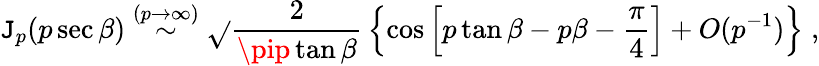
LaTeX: \mathtt{J}_{p}(p\sec\beta)\stackrel{(p\rightarrow\infty)}{\sim}\sqrt{}{{\frac{{2}}{{\pip\tan\beta}}}}\left\{ \cos\left[p\tan\beta-p\beta-\frac{{\pi}}{{4}}\right]+O(p^{-1})\right\} \; ,